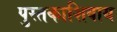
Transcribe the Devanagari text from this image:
पुस्तकाशिवाय